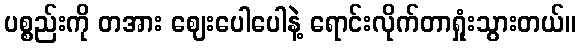
ပစ္စည်းကို တအား ဈေးပေါပေါနဲ့ ရောင်းလိုက်တာရှုံးသွားတယ်။